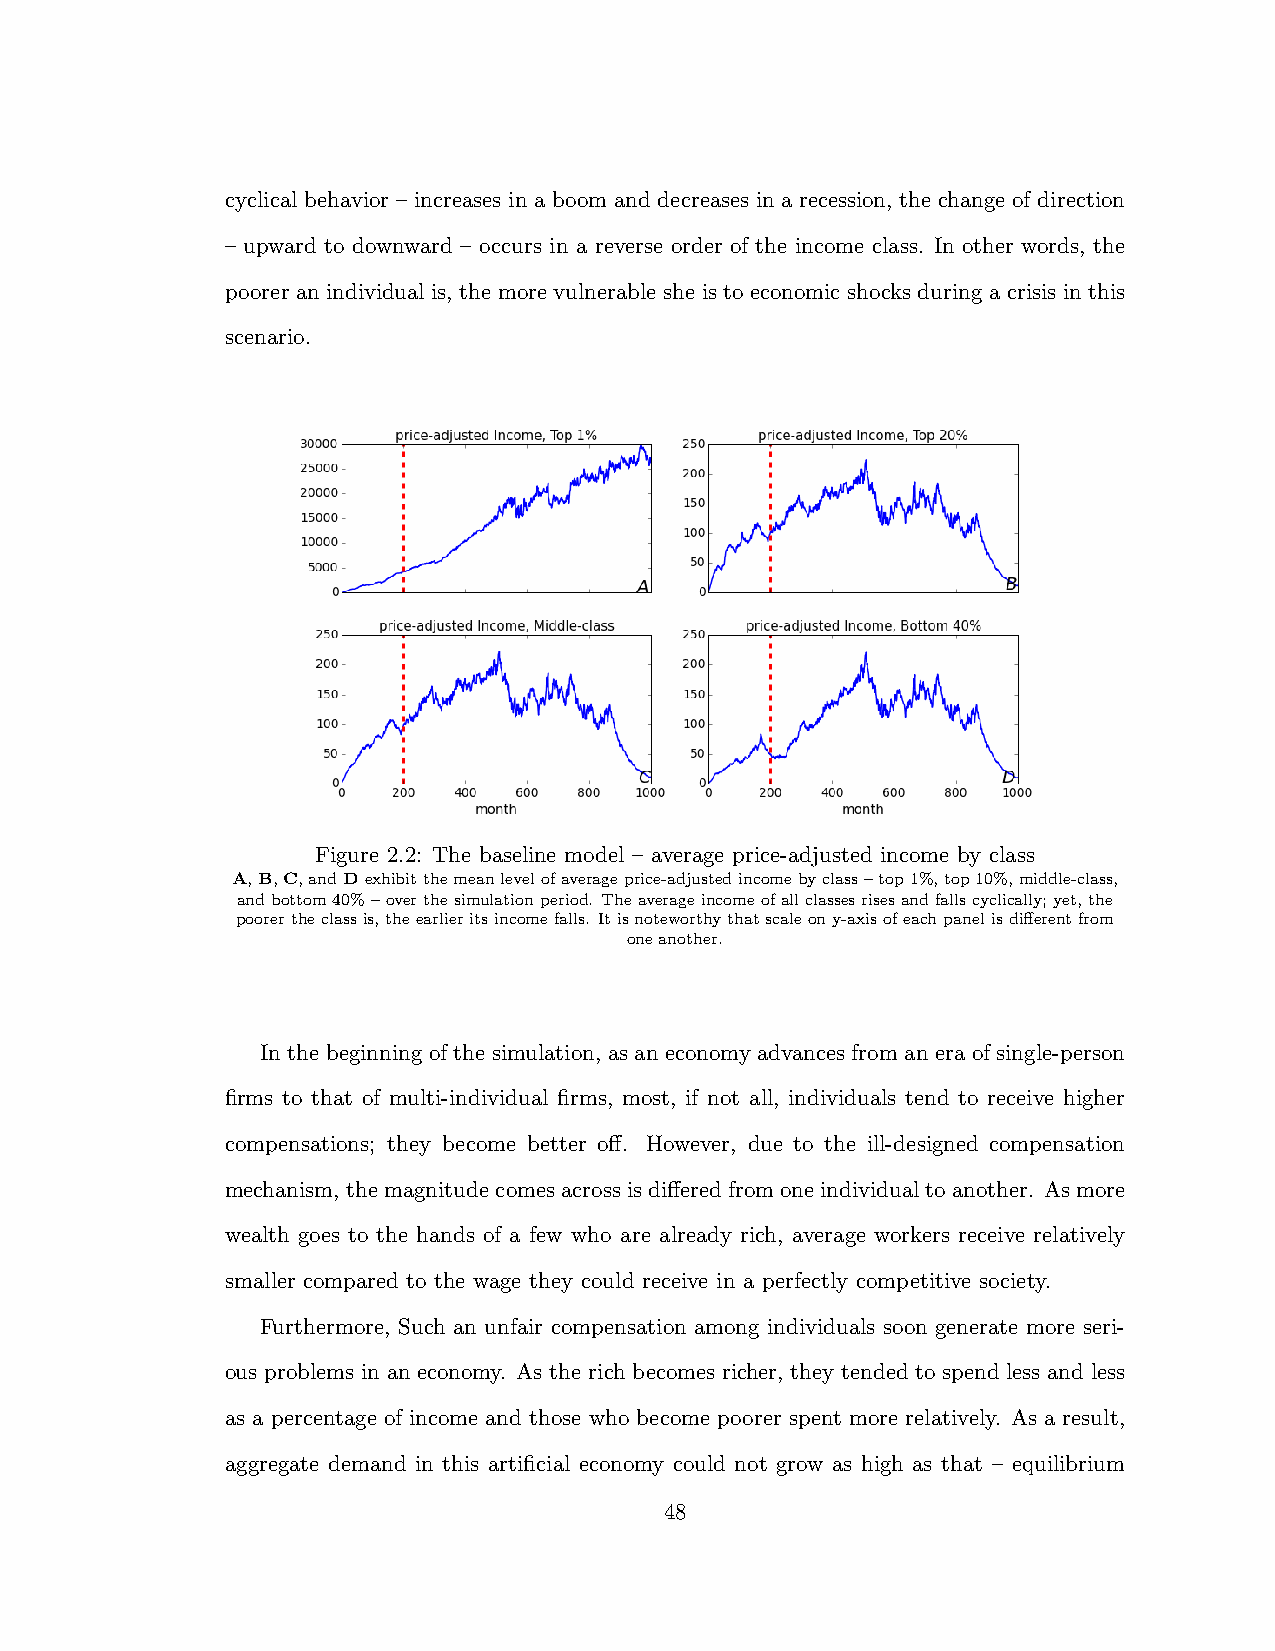
cyclical behavior – increases in a boom and decreases in a recession, the change of direction
 – upward to downward – occurs in a reverse order of the income class. In other words, the
 poorer an individual is, the more vulnerable she is to economic shocks during a crisis in this
 scenario.
 Figure 2.2: The baseline model – average price-adjusted income by class
 A,B,C,andDexhibitthemeanlevelofaverageprice-adjustedincomebyclass–top1%,top10%,middle-class,
 andbottom40%–overthesimulationperiod. Theaverageincomeofallclassesrisesandfallscyclically;yet,the
 poorertheclassis,theearlieritsincomefalls. Itisnoteworthythatscaleony-axisofeachpanelisdi↵erentfrom
 oneanother.
 In the beginning of the simulation, as an economy advances from an era of single-person
 firms to that of multi-individual firms, most, if not all, individuals tend to receive higher
 compensations; they become better o↵. However, due to the ill-designed compensation
 mechanism, themagnitudecomesacrossisdi↵eredfromoneindividualtoanother. Asmore
 wealth goes to the hands of a few who are already rich, average workers receive relatively
 smaller compared to the wage they could receive in a perfectly competitive society.
 Furthermore, Such an unfair compensation among individuals soon generate more seri-
 ous problems in an economy. As the rich becomes richer, they tended to spend less and less
 as a percentage of income and those who become poorer spent more relatively. As a result,
 aggregate demand in this artificial economy could not grow as high as that – equilibrium
 48